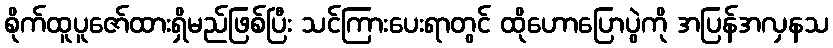
စိုက်ထူပူဇော်ထားရှိမည်ဖြစ်ပြီး သင်ကြားပေးရာတွင် ထိုဟောပြောပွဲကို အပြန်အလှနသ